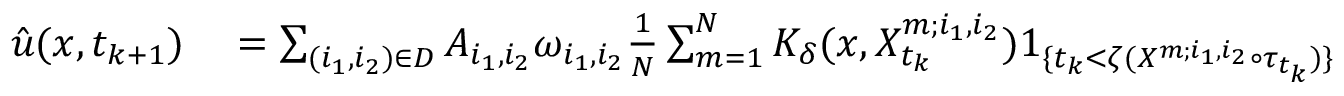
\begin{array} { r l } { \Hat { u } ( x , t _ { k + 1 } ) } & { { } = \sum _ { ( i _ { 1 } , i _ { 2 } ) \in D } A _ { i _ { 1 } , i _ { 2 } } \omega _ { i _ { 1 } , i _ { 2 } } \frac { 1 } { N } \sum _ { m = 1 } ^ { N } K _ { \delta } ( x , X _ { t _ { k } } ^ { m ; i _ { 1 } , i _ { 2 } } ) 1 _ { \{ t _ { k } < \zeta ( X ^ { m ; i _ { 1 } , i _ { 2 } } \circ \tau _ { t _ { k } } ) \} } } \end{array}